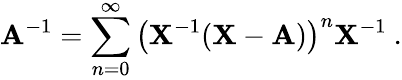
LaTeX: \mathbf{A}^{-1}=\sum_{n=0}^{\infty}\left(\mathbf{X}^{-1}(\mathbf{X}-\mathbf{A})\right)^{n}\mathbf{X}^{-1}~.